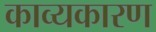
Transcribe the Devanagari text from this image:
काव्यकारण